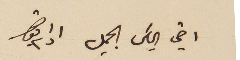
اخي الياسَ الجميل ادام بقاك